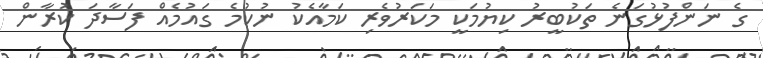
ގެ ނަންފުޅުގަނެ ތަކުބީރު ކިޔުމަކީ މަކަރުވެރި ކަމާއެކު ނުކުމެ ގައުމެއް ފަސާދަ ކުރާން